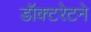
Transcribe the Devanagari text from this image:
डॉक्टरेटने